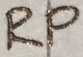
Text: RP